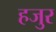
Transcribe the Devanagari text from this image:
हजुर